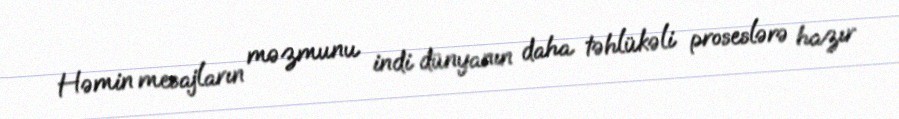
Həmin mesajların məzmunu indi dünyanın daha təhlükəli proseslərə hazır